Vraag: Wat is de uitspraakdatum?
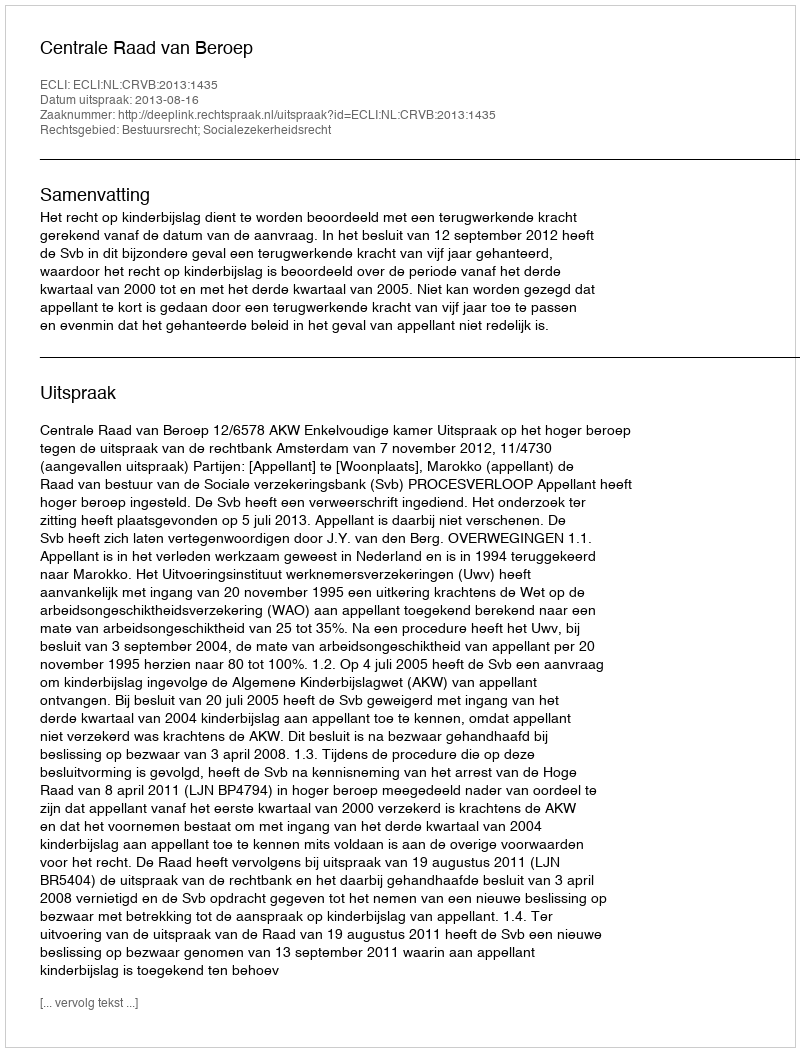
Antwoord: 2013-08-16